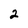
Character: 2